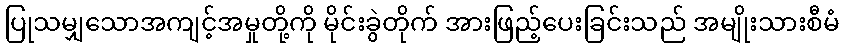
ပြုသမျှသောအကျင့်အမှုတို့ကို မိုင်းခွဲတိုက် အားဖြည့်ပေးခြင်းသည် အမျိုးသားစီမံ